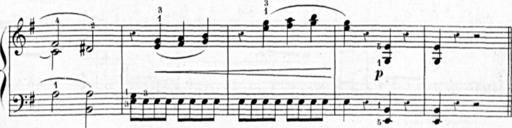
Title: 3 Sonatines, 2nd series
Composer: Blas MarÃ­a de Colomer
Key: B